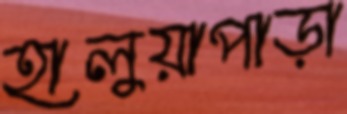
হালুয়াপাড়া